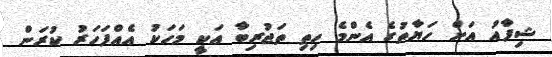
ޝިފާއު އަށް ހަޔާތުގެ އެންމެ ހިތި ތަޖުރިބާ އަކީ މަހަކު އެއްފަހަރު ކުރަން